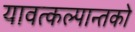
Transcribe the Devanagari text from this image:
यावत्कल्पान्तको